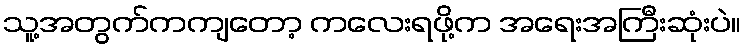
သူ့အတွက်ကကျတော့ ကလေးရဖို့က အရေးအကြီးဆုံးပဲ။